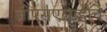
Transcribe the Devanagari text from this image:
जीएसएलव्हीचे